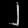
Digit: ၂